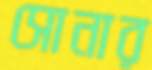
সোনার